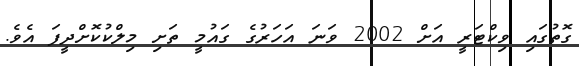
ގޮތުގައި ވިކްޓަރީ އަށް 2002 ވަނަ އަހަރުގެ ގައުމީ ތަށި މިލްކުކޮށްދީފަ އެވެ.